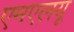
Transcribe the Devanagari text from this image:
एमएलयू